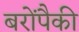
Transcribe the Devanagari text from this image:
बरोंपैकी